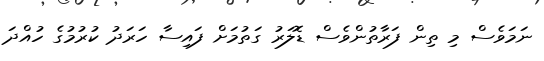
ނަމަވެސް މި ތިން ފަރާތުންވެސް ޑޮލަރު ގަތުމަށް ފައިސާ ހަރަދު ކުރުމުގެ ހުއްދަ